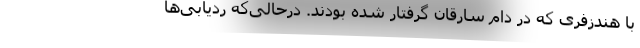
با هندزفری که در دام سارقان گرفتار شده بودند. درحالی‌که ردیابی‌ها